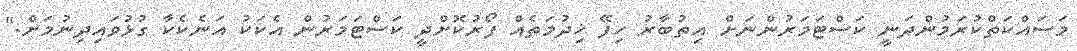
މަސައްކަތްކުރަމުންދަނީ ކަސްޓަމަރުންނަށް އިތުބާރު ހިފޭ ޚިދުމަތެއް ފޯރުކޮށްދީ ކަސްޓަމަރުން އެކަކު އަނެކެކާ ގުޅުވައިދިނުމަށް."